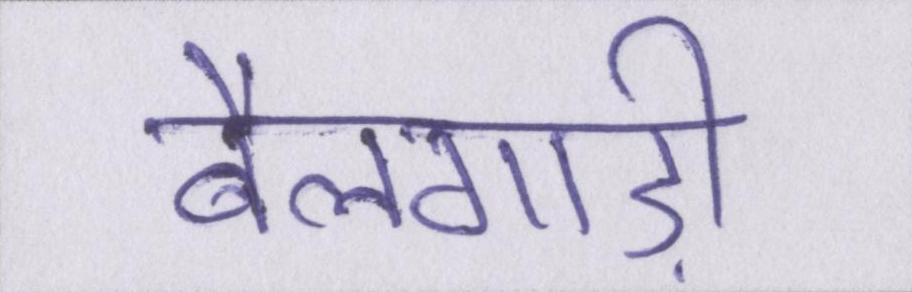
बैलगाड़ी